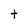
Character: t